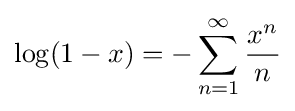
\log(1-x)=-\sum _{n=1}^{\infty }{\frac {x^{n}}{n}}